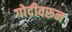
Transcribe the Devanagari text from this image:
गोदीवरून